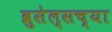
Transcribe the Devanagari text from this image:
ब्रुसेल्सच्या